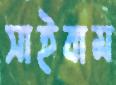
সাইবাম